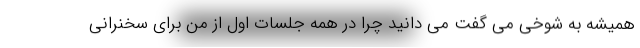
همیشه به شوخی می گفت می دانید چرا در همه جلسات اول از من برای سخنرانی